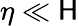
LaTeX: \eta\ll\mathsf{H}